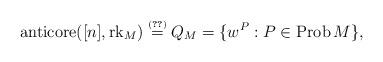
LaTeX: \begin{align*}\operatorname{anticore} ([n], \operatorname{rk}_{M}) \overset{\operatorname{\scriptscriptstyle \eqref{eq:anti-cor-poly}}}=Q_{M} =\{w^P: P\in \operatorname{Prob}{M}\},\end{align*}